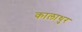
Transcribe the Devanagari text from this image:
कालाथुर